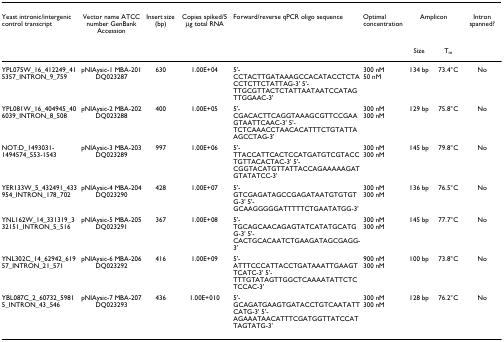
<table><thead><tr><td><b>Yeast intronic/intergenic control transcript</b></td><td><b>Vector name ATCC number GenBank Accession</b></td><td><b>Insert size (bp)</b></td><td><b>Copies spiked/5 μg total RNA</b></td><td><b>Forward/reverse qPCR oligo sequence</b></td><td><b>Optimal concentration</b></td><td colspan="2"><b>Amplicon</b></td><td><b>Intron spanned?</b></td></tr><tr><td></td><td></td><td></td><td></td><td></td><td></td><td><b>Size</b></td><td><b>T<sub>m</sub></b></td><td></td></tr></thead><tbody><tr><td>YPL075W_16_412249_415357_INTRON_9_759</td><td>pNIAysic-1 MBA-201 DQ023287</td><td>630</td><td>1.00E+04</td><td>5&#x27;-CCTACTTGATAAAGCCACATACCTCTACCTCTTCTATTAG-3&#x27; 5&#x27;-TTGCGTTACTCTATTAATAATCCATAGTTGGAAC-3&#x27;</td><td>300 nM50 nM</td><td>134 bp</td><td>73.4°C</td><td>No</td></tr><tr><td>YPL081W_16_404945_406039_INTRON_8_508</td><td>pNIAysic-2 MBA-202 DQ023288</td><td>400</td><td>1.00E+05</td><td>5&#x27;-CGACACTTCAGGTAAAGCGTTCCGAAGTAATTCAAC-3&#x27; 5&#x27;-TCTCAAACCTAACACATTTCTGTATTAAGCCTAG-3&#x27;</td><td>300 nM300 nM</td><td>129 bp</td><td>75.8°C</td><td>No</td></tr><tr><td>NOT:D_1493031-1494574_553-1543</td><td>pNIAysic-3 MBA-203 DQ023289</td><td>997</td><td>1.00E+06</td><td>5&#x27;-TTACCATTCACTCCATGATGTCGTACCTGTTACACTAC-3&#x27; 5&#x27;-CGGTACATGTTATTACCAGAAAAAGATGTATATCC-3&#x27;</td><td>300 nM300 nM</td><td>145 bp</td><td>79.8°C</td><td>No</td></tr><tr><td>YER133W_5_432491_433954_INTRON_178_702</td><td>pNIAysic-4 MBA-204 DQ023290</td><td>428</td><td>1.00E+07</td><td>5&#x27;-GTCGAGATAGCCGAGATAATGTGTGTG-3&#x27; 5&#x27;-GCAAGGGGGATTTTTCTGAATATGG-3&#x27;</td><td>300 nM300 nM</td><td>136 bp</td><td>76.5°C</td><td>No</td></tr><tr><td>YNL162W_14_331319_332151_INTRON_5_516</td><td>pNIAysic-5 MBA-205 DQ023291</td><td>367</td><td>1.00E+08</td><td>5&#x27;-TGCAGCAACAGAGTATCATATGCATGG-3&#x27; 5&#x27;-CACTGCACAATCTGAAGATAGCGAGG-3&#x27;</td><td>300 nM300 nM</td><td>145 bp</td><td>77.7°C</td><td>No</td></tr><tr><td>YNL302C_14_62942_61957_INTRON_21_571</td><td>pNIAysic-6 MBA-206 DQ023292</td><td>416</td><td>1.00E+09</td><td>5&#x27;-ATTTCCCATTACCTGATAAATTGAAGTTCATC-3&#x27; 5&#x27;-TTTGTATAGTTGGCTCAAAATATTCTCTCCAC-3&#x27;</td><td>900 nM300 nM</td><td>100 bp</td><td>73.8°C</td><td>No</td></tr><tr><td>YBL087C_2_60732_59815_INTRON_43_546</td><td>pNIAysic-7 MBA-207 DQ023293</td><td>436</td><td>1.00E+010</td><td>5&#x27;-GCAGATGAAGTGATACCTGTCAATATTCATG-3&#x27; 5&#x27;-AGAAATAACATTTCGATGGTTATCCATTAGTATG-3&#x27;</td><td>300 nM300 nM</td><td>128 bp</td><td>76.2°C</td><td>No</td></tr></tbody></table>